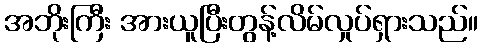
အဘိုးကြီး အားယူပြီးတွန့်လိမ်လှုပ်ရှားသည်။